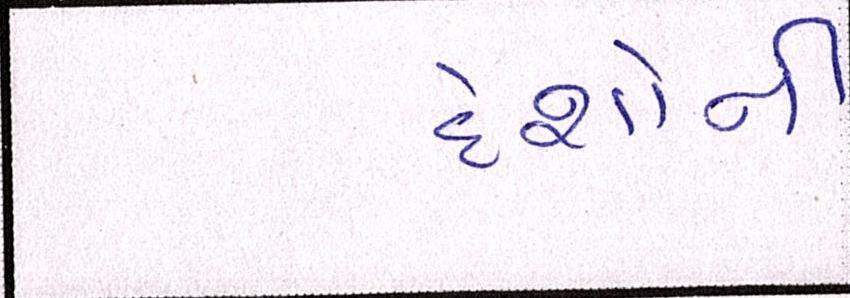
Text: દેશોની